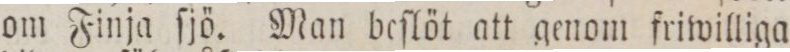
om Finja ſjö. Man beſlöt att genom friwilliga